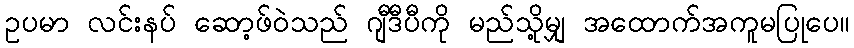
ဥပမာ လင်းနပ် ဆော့ဖ်ဝဲသည် ဂျီဒီပီကို မည်သို့မျှ အထောက်အကူမပြုပေ။